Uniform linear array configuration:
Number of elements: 48
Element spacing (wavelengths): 1
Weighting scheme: binomial
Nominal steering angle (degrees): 45
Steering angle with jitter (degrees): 43.75
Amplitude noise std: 0.05
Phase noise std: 0.05

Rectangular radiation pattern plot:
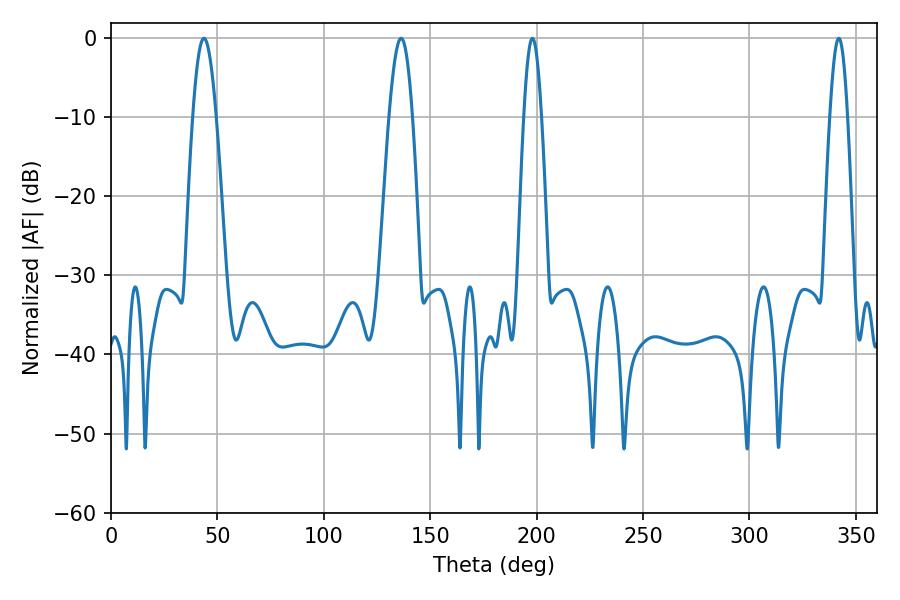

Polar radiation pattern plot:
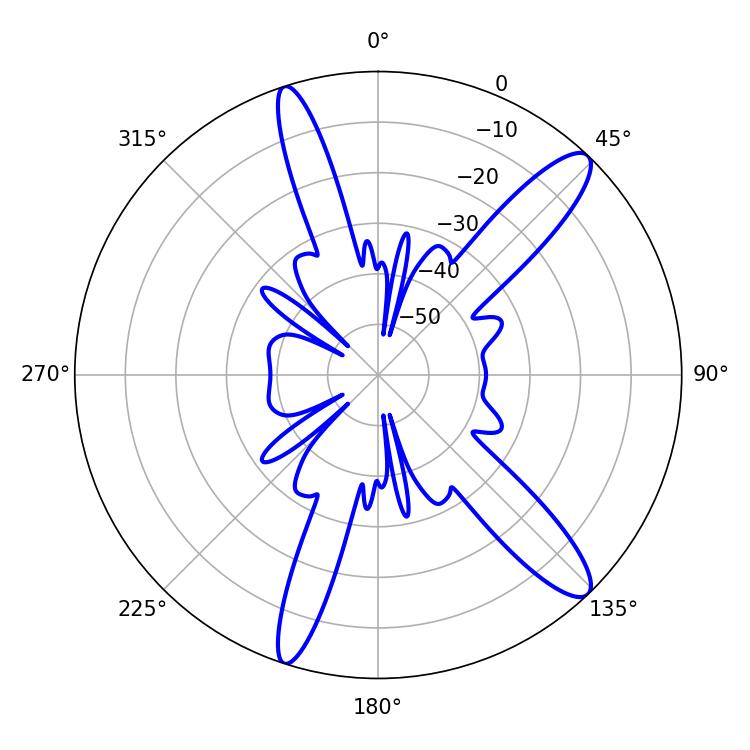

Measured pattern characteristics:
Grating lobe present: TRUE
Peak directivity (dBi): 12.862
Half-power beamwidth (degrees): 4.5
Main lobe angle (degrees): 198